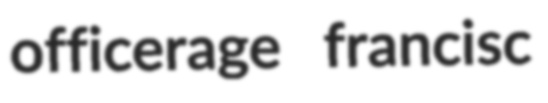
officerage francisc